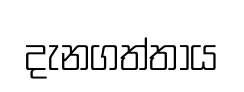
දැනගත්තාය